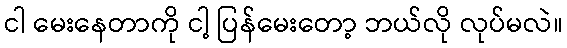
ငါ မေးနေတာကို ငါ့ ပြန်မေးတော့ ဘယ်လို လုပ်မလဲ။